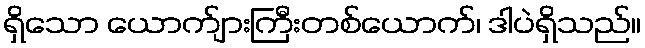
ရှိသော ယောက်ျားကြီးတစ်ယောက်၊ ဒါပဲရှိသည်။